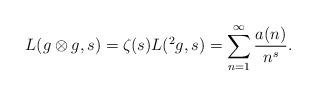
LaTeX: \begin{align*}L(g \otimes g,s)=\zeta(s)L(^2g,s)=\sum_{n=1}^\infty \frac{a(n)}{n^s}.\end{align*}